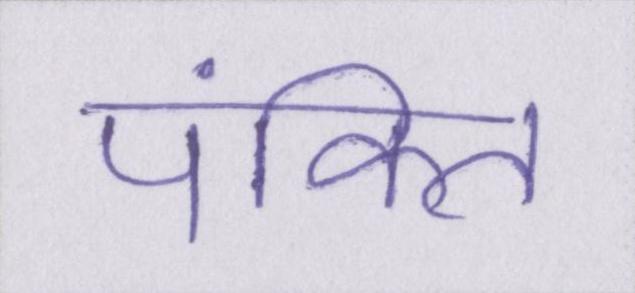
पंक्ति